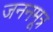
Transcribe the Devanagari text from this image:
जननमूत्र